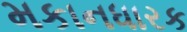
મકાનધારક